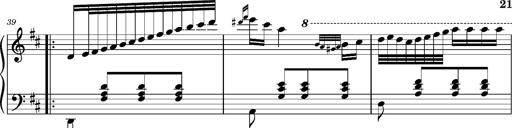
Title: Ungarischer Romanzero
Composer: Franz Liszt